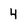
Character: 4